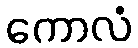
ကောလံ